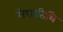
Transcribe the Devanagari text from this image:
मेघातिथि